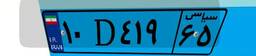
۱۰D۴۱۹۶۵